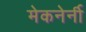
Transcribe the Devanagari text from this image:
मेकनेर्नी